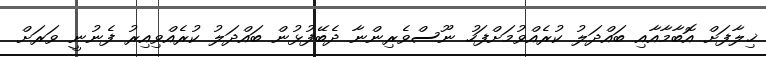
ޚިލާފަށް އޮބާމާއާއި ބައްދަލު ކުރެއްވުމަށްފަހު ނޫސްވެރިންނާ ދެބޭފުޅުން ބައްދަލު ކުރެއްވިއިރު ފެނުނީ ވަރަށް